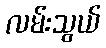
လမ်းသွယ်